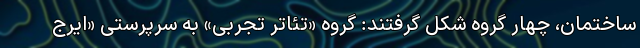
ساختمان، چهار گروه شکل گرفتند: گروه «تئاتر تجربی» به سرپرستی «ایرج